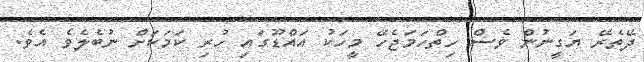
ދޭތެރޭ ޔަގީނުން ވެސް ހިތްހަމަޖެހޭ މީހަކު އައްޑޫގައި ހުރި ކަމަކަށް ނުބެލެވެ އެވެ.